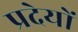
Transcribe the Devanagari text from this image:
प्रदेयों